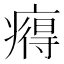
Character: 𤹬